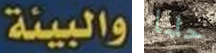
والبيئة حلما